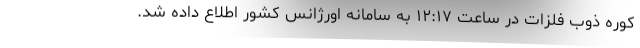
کوره ذوب فلزات در ساعت ۱۲:۱۷ به سامانه اورژانس کشور اطلاع داده شد.